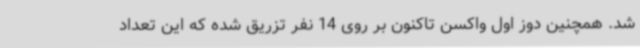
شد. همچنین دوز اول واکسن تاکنون بر روی 14 نفر تزریق شده که این تعداد